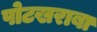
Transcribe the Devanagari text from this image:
पोटखराबा